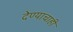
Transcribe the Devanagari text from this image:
देण्याचाही